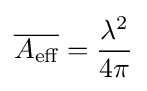
{\overline {A_{\text{eff}}}}={\frac {\lambda ^{2}}{4\pi }}